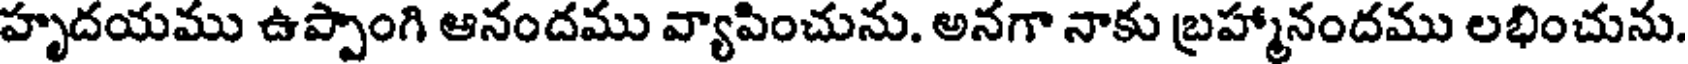
హృదయము ఉప్పాంగి ఆనందము వ్యాపించును. అనగా నాకు బ్రహ్మానందము లభించును.